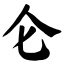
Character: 仑